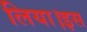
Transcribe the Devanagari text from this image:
लिया।इस